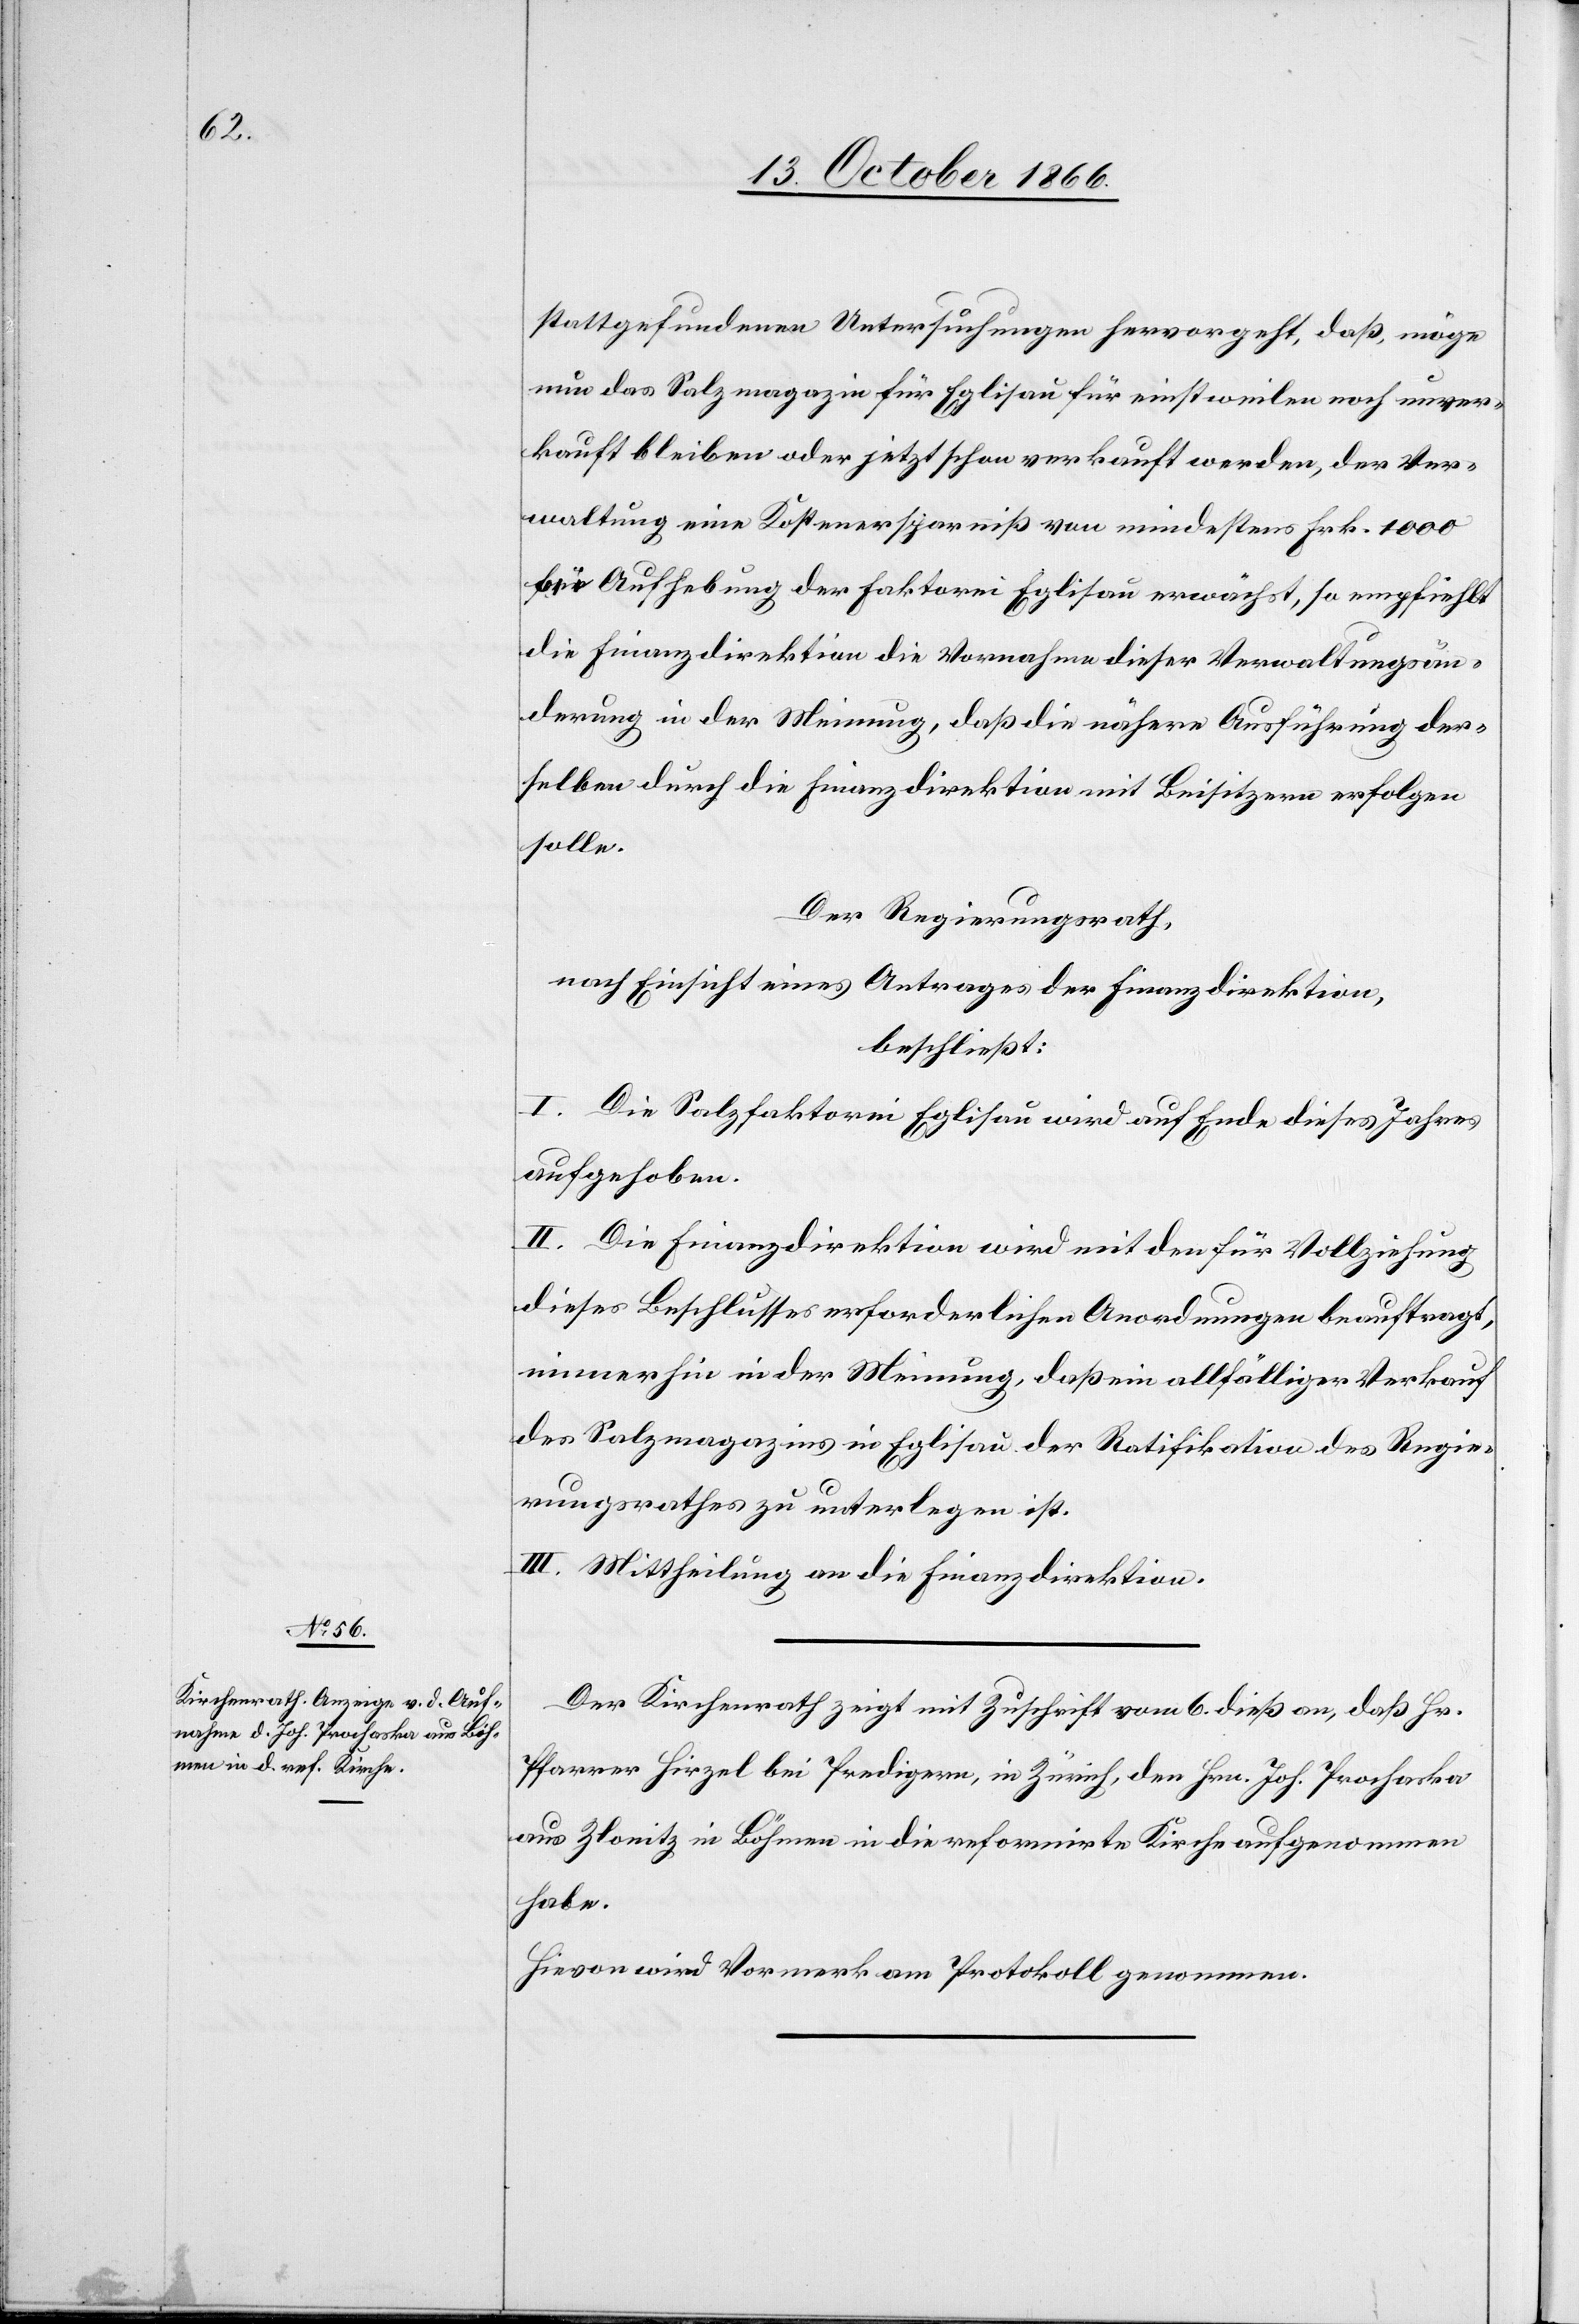
stattgefundenen Untersuchungen hervorgeht, daß, möge
nun das Salzmagazin für Eglisau für einstweilen noch unver¬
kauft bleiben oder jetzt schon verkauft werden, der Ver¬
waltung eine Kostenersparniß von mindestens Frk. 1000
für Aufhebung der Faktorei Eglisau erwächst, so empfiehlt
die Finanzdirektion die Vornahme dieser Verwaltungsän¬
derung in der Meinung, daß die nähere Ausführung der¬
selben durch die Finanzdirektion mit Beisitzern erfolgen
solle.
Der Regierungsrath,
nach Einsicht eines Antrages der Finanzdirektion,
beschließt:
I. Die Salzfaktorei Eglisau wird auf Ende dieses Jahres
aufgehoben.
II. Die Finanzdirektion wird mit den für Vollziehung
dieses Beschlusses erforderlichen Anordnungen beauftragt,
immerhin in der Meinung, daß ein allfälliger Verkauf
des Salzmagazins in Eglisau der Ratifikation des Regie¬
rungsrathes zu unterlegen ist.
III. Mittheilung an die Finanzdirektion.
Der Kirchenrath zeigt mit Zuschrift vom 6. dies an, daß Hr.
Pfarrer Hirzel bei Predigern, in Zürich, den Hrn. Joh. Prochaska
aus Zlonitz in Böhmen in die reformirte Kirche aufgenommen
habe.
Hievon wird Vormerk am Protokoll genommen.